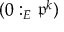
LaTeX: ( 0 : _ { E } { \mathfrak { p } } ^ { k } )